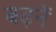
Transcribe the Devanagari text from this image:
बढ़नें